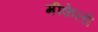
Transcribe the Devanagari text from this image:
मीकेलों